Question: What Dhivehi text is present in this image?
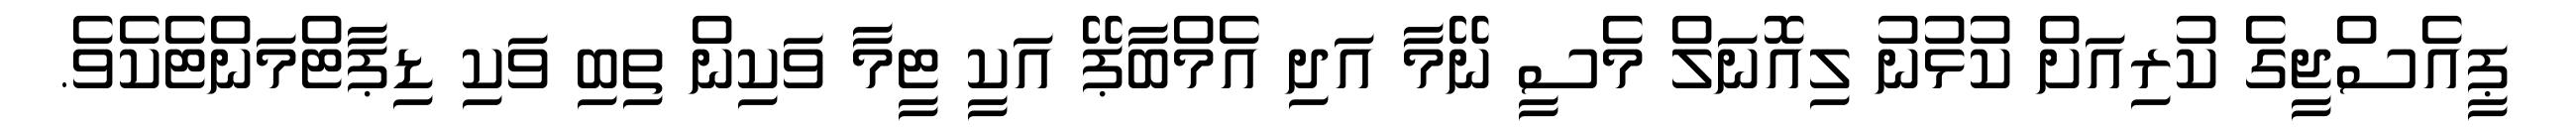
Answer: ޕީއެސްޖީގެ ކުރިއަށް ކުޅުނު ލިއޮނަލް މެސީ ނޭމާ އަދި އެމްބާޕޭ އަކީ ޓީމާ ވަކިން ތިބި ވަކި ޑިޕާޓްމަންޓެކެވެ.